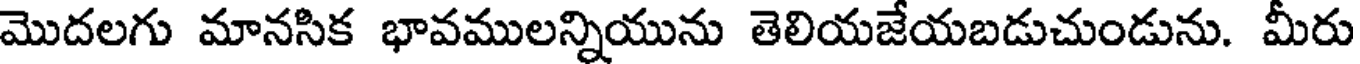
మొదలగు మానసిక భావములన్నియును తెలియజేయబడుచుండును. మీరు